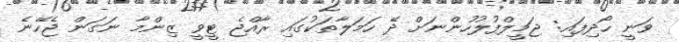
ވަނީ ހޯދިފައި: ޖަމީލްފުލުހުންނަށް ދޭ ހަމަލާތަކުގައި ރާއްޖެ ޓީވީ ޒިންމާ ނަގަން ޖެހޭނެ